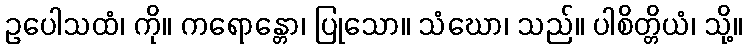
ဥပေါသထံ၊ ကို။ ကရောန္တော၊ ပြုသော။ သံဃော၊ သည်။ ပါစိတ္တိယံ၊ သို့။